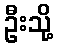
ဦးသို့